Report on the working of the Ranchi Indian Mental Hospital, Kanke, in Bihar and Orissa - 1930-1940
Year: 1930
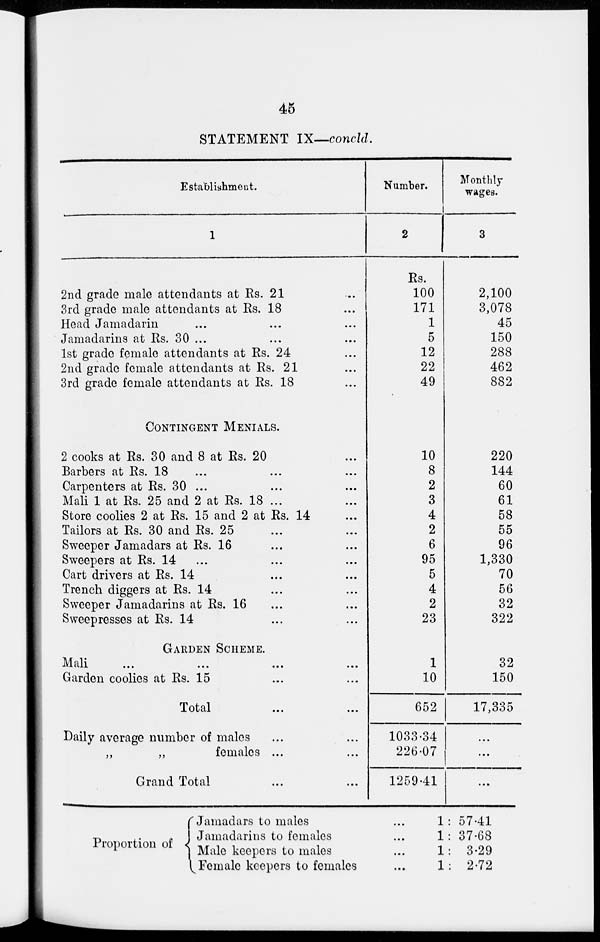
45
STATEMENT IX—concld.
Establishment.
1
2nd grade male attendants at Rs. 21 ...
3rd grade male attendants at Rs. 18 ...
Head Jamadarin ... ... ...
Jamadarins at Rs. 30 ... ... ...
1st grade female attendants at Rs. 24 ...
2nd grade female attendants at Rs. 21 ...
3rd grade female attendants at Rs. 18 ...
CONTINGENT MENIALS.
2 cooks at Rs. 30 and 8 at Rs. 20 ...
Barbers at Rs. 18 ... ... ...
Carpenters at Rs. 30 ... ... ...
Mali 1 at Rs. 25 and 2 at Rs. 18 ... ...
Store coolies 2 at Rs. 15 and 2 at Rs. 14 ...
Tailors at Rs. 30 and Rs. 25 ... ...
Sweeper Jamadars at Rs. 16 ... ...
Sweepers at Rs. 14 ... ... ...
Cart drivers at Rs. 14 ... ...
Trench diggers at Rs. 14 ... ...
Sweeper Jamadarins at Rs. 16 ... ...
Sweepresses at Rs. 14 ... ...
GARDEN SCHEME.
Mali ... ... ... ...
Garden coolies at Rs. 15 ... ...
Total ... ...
Daily average number of males ... ...
„
„
females ... ...
Grand Total ... ...
Number.
2
Rs.
100
171
1
5
12
22
49
10
8
2
3
4
2
6
95
5
4
2
23
1
10
652
1033.34
226.07
1259.41
Monthly
wages.
3
2,100
3,078
45
150
288
462
882
220
144
60
61
58
55
96
1,330
70
56
32
322
32
150
17,335
...
...
...
Proportion of
Jamadars to males ...
Jamadarins to females ...
Male keepers to males ...
Female keepers to females ...
1: 57.41
1: 37.68
1: 3.29
1: 2.72